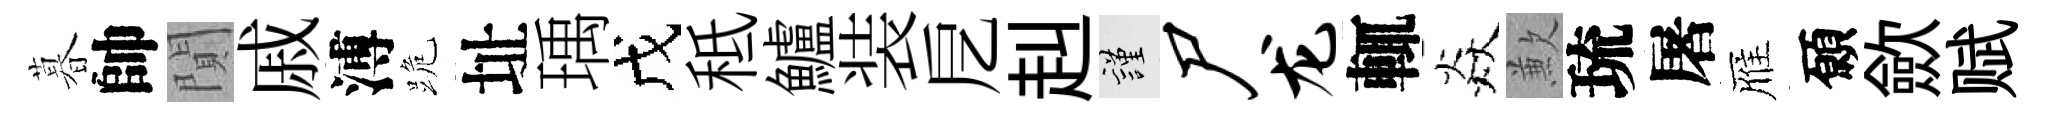
暮帥閴戚溥跪址瑀戊秪鱸装戹赳謹尸龙輒焱歉琉屠雁願歛赋